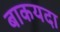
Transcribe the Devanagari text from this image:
बाकयदा